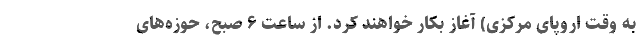
به وقت اروپای مرکزی) آغاز بکار خواهند کرد. از ساعت ۶ صبح، حوزه‌های